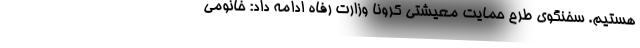
هستیم. سخنگوی طرح حمایت معیشتی کرونا وزارت رفاه ادامه داد: خانومی